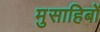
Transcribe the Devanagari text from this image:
मुसाहिबों